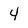
Character: 4